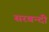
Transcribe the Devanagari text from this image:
सरबन्दी